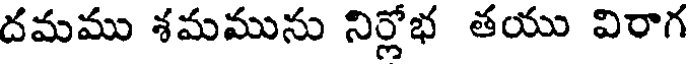
దమము శమమును నిర్లోభ తయు విరాగ